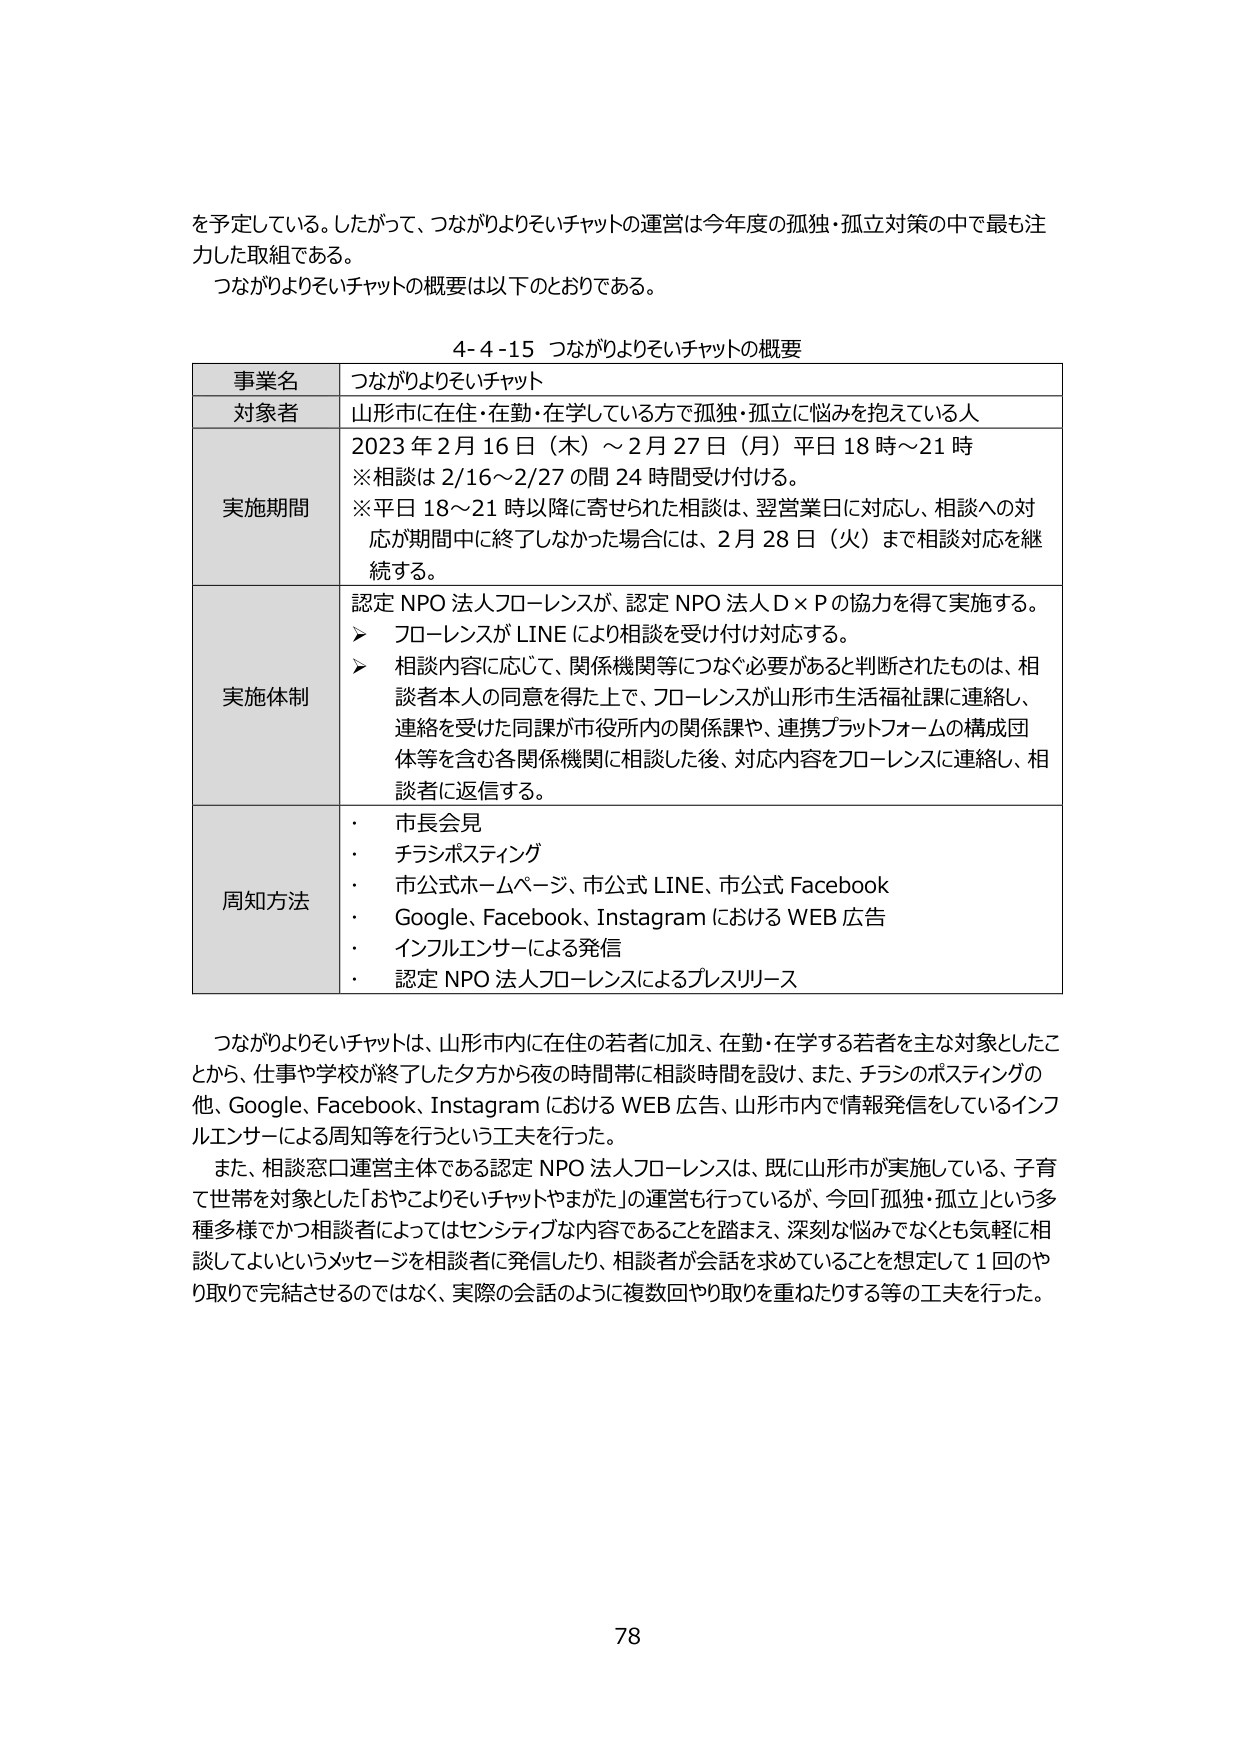
を予定している。したがって、つながりよりそいチャットの運営は今年度の孤独・孤立対策の中で最も注力した取組である。
つながりよりそいチャットの概要は以下のとおりである。

4-4-15 つながりよりそいチャットの概要

事業名 つながりよりそいチャット
対象者 山形市に在住・在勤・在学している方で孤独・孤立に悩みを抱えている人
実施期間 2023年2月16日（木）～2月27日（月）平日18時～21時
※相談は2/16～2/27の間24時間受け付ける。
※平日18～21時以降に寄せられた相談は、翌営業日に対応し、相談への対応が期間中に終了しなかった場合には、2月28日（火）まで相談対応を継続する。
実施体制 認定NPO法人フローレンスが、認定NPO法人D×Pの協力を得て実施する。
➤ フローレンスがLINEにより相談を受け付け対応する。
➤ 相談内容に応じて、関係機関等につなぐ必要があると判断されたものは、相談者本人の同意を得た上で、フローレンスが山形市生活福祉課に連絡し、連絡を受けた同課が市役所内の関係課や、連携プラットフォームの構成団体等を含む各関係機関に相談した後、対応内容をフローレンスに連絡し、相談者に返信する。
周知方法
・ 市長会見
・ チラシポスティング
・ 市公式ホームページ、市公式LINE、市公式Facebook
・ Google、Facebook、InstagramにおけるWEB広告
・ インフルエンサーによる発信
・ 認定NPO法人フローレンスによるプレスリリース

つながりよりそいチャットは、山形市内に在住の若者に加え、在勤・在学する若者を主な対象としたことから、仕事や学校が終了した夕方から夜の時間帯に相談時間を設け、また、チラシのポスティングの他、Google、Facebook、InstagramにおけるWEB広告、山形市内で情報発信をしているインフルエンサーによる周知等を行うという工夫を行った。
また、相談窓口運営主体である認定NPO法人フローレンスは、既に山形市が実施している、子育て世帯を対象とした「おやこよりそいチャットやまがた」の運営も行っているが、今回「孤独・孤立」という多種多様でかつ相談者によってはセンシティブな内容であることを踏まえ、深刻な悩みでなくとも気軽に相談してよいというメッセージを相談者に発信したり、相談者が会話を求めていることを想定して1回のやり取りで完結させるのではなく、実際の会話のように複数回やり取りを重ねたりする等の工夫を行った。

78